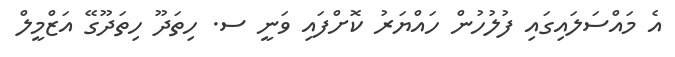
އެ މައްސަލައިގައި ފުލުހުން ހައްޔަރު ކޮށްފައި ވަނީ ސ. ހިތަދޫ ހިތަދޫގޭ އަޒްމީލް